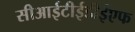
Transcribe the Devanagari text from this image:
सीआईटीईडीईएफ